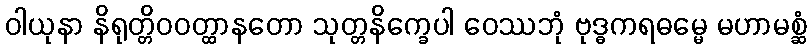
ဝါယုနာ နိရုတ္တိဝဝတ္ထာနတော သုတ္တနိက္ခေပါ ဝေဿဘုံ ဗုဒ္ဓကရဓမ္မေ မဟာမစ္ဆံ